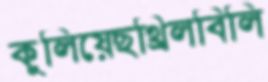
কুলিয়েছথ্রিলবিলি